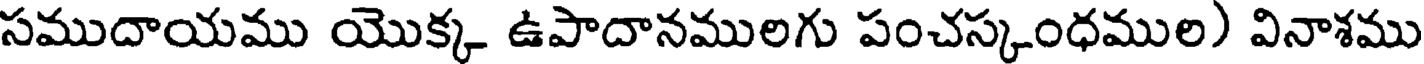
సముదాయము యొక్క ఉపాదానములగు పంచస్కంధముల) వినాశము